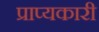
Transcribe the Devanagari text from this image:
प्राप्यकारी